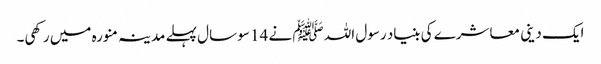
ایک دینی معاشرے کی بنیاد رسول اللہ ﷺ نے 14 سو سال پہلے مدینہ منورہ میں رکھی۔